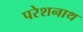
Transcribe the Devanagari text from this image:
परेशनाथ